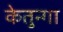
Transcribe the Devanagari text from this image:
केतुन्गा